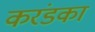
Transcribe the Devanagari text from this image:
करंडका